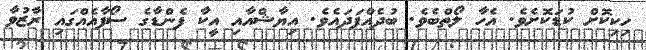
ހިކިކޮށް ކުޑަކޮށެވެ. އެހާ ލޯތްބެވެ. ބުދެއްފަދައެވެ. އިޔާޝްއާއި އީކާ ފެންޑާގެ ސޯފާއެއްގައި ރާޒުވާ